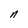
Character: n